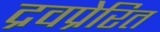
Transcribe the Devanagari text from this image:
द्रवप्रेरित